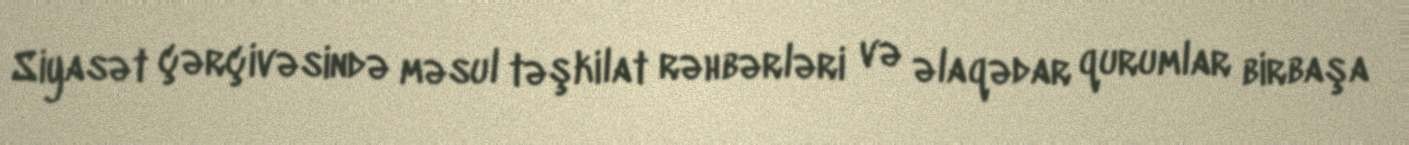
Siyasət çərçivəsində məsul təşkilat rəhbərləri və əlaqədar qurumlar birbaşa